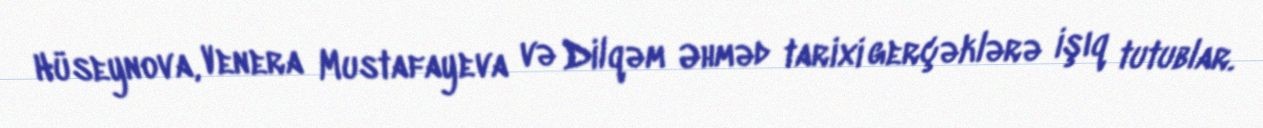
Hüseynova, Venera Mustafayeva və Dilqəm Əhməd tarixi gerçəklərə işıq tutublar.